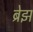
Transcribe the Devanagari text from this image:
ब्रेझ